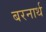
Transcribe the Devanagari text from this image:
बरनार्थ